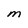
Character: M